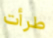
طرأت